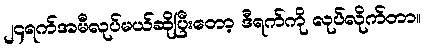
၂၄ရက်အမီလုပ်မယ်ဆိုပြီးတော့ ဒီရက်ကို လုပ်လိုက်တာ။